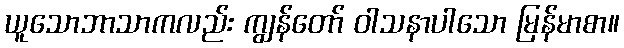
ယူသောဘာသာကလည်း ကျွန်တော် ဝါသနာပါသော မြန်မာစာ။